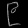
Digit: ၉